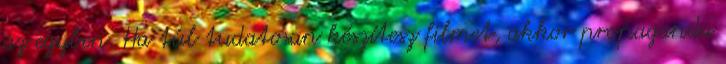
az egyben. Ha túl tudatosan készítesz filmet, akkor propaganda